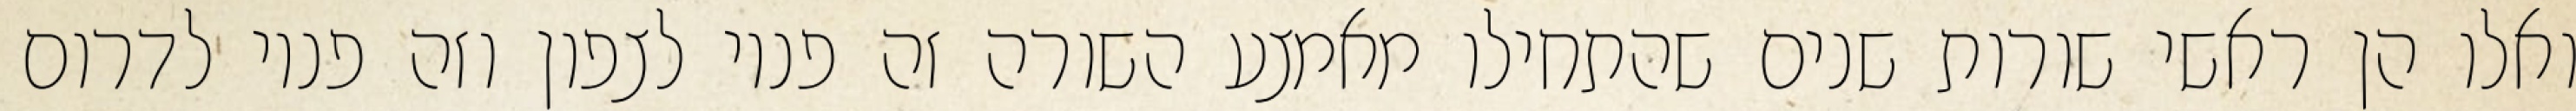
ואלו הן ראשי שורות שנים שהתחילו מאמצע השורה זה פניו לצפון וזה פניו לדרום